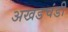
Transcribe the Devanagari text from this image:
अखडचंडी